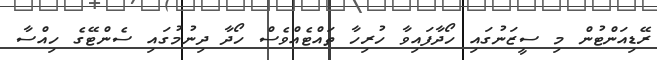
ރޭޑިއަންޓުން މި ސީޒަނުގައި ހޯދާފައިވާ ހުރިހާ ތައްޓެއްވެސް ހޯދާ ދިނުމުގައި ސެންޓޭގެ ހިއްސާ